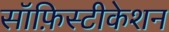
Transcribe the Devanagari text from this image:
सॉफ़िस्टीकेशन